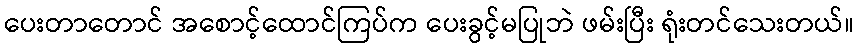
ပေးတာတောင် အစောင့်ထောင်ကြပ်က ပေးခွင့်မပြုဘဲ ဖမ်းပြီး ရုံးတင်သေးတယ်။